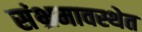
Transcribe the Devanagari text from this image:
संभ्रमावस्थेत